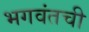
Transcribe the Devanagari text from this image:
भगवंतची